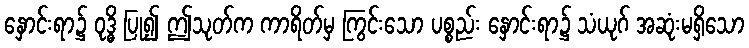
နှောင်းရာ၌ ဝုဒ္ဓိ ပြု၍ ဤသုတ်က ကာရိတ်မှ ကြွင်းသော ပစ္စည်း နှောင်းရာ၌ သံယုဂ် အဆုံးမရှိသော